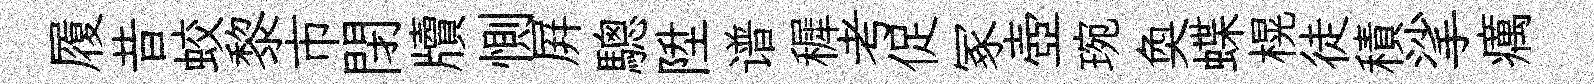
履昔蛟黎市閉牘惻屛驄陞谱穉考促冢壺琬奐蝶榥徒積挲癘